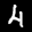
Label: 4